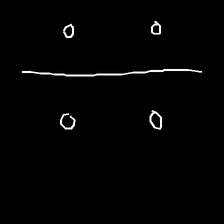
Glyph: cool